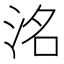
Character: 洺